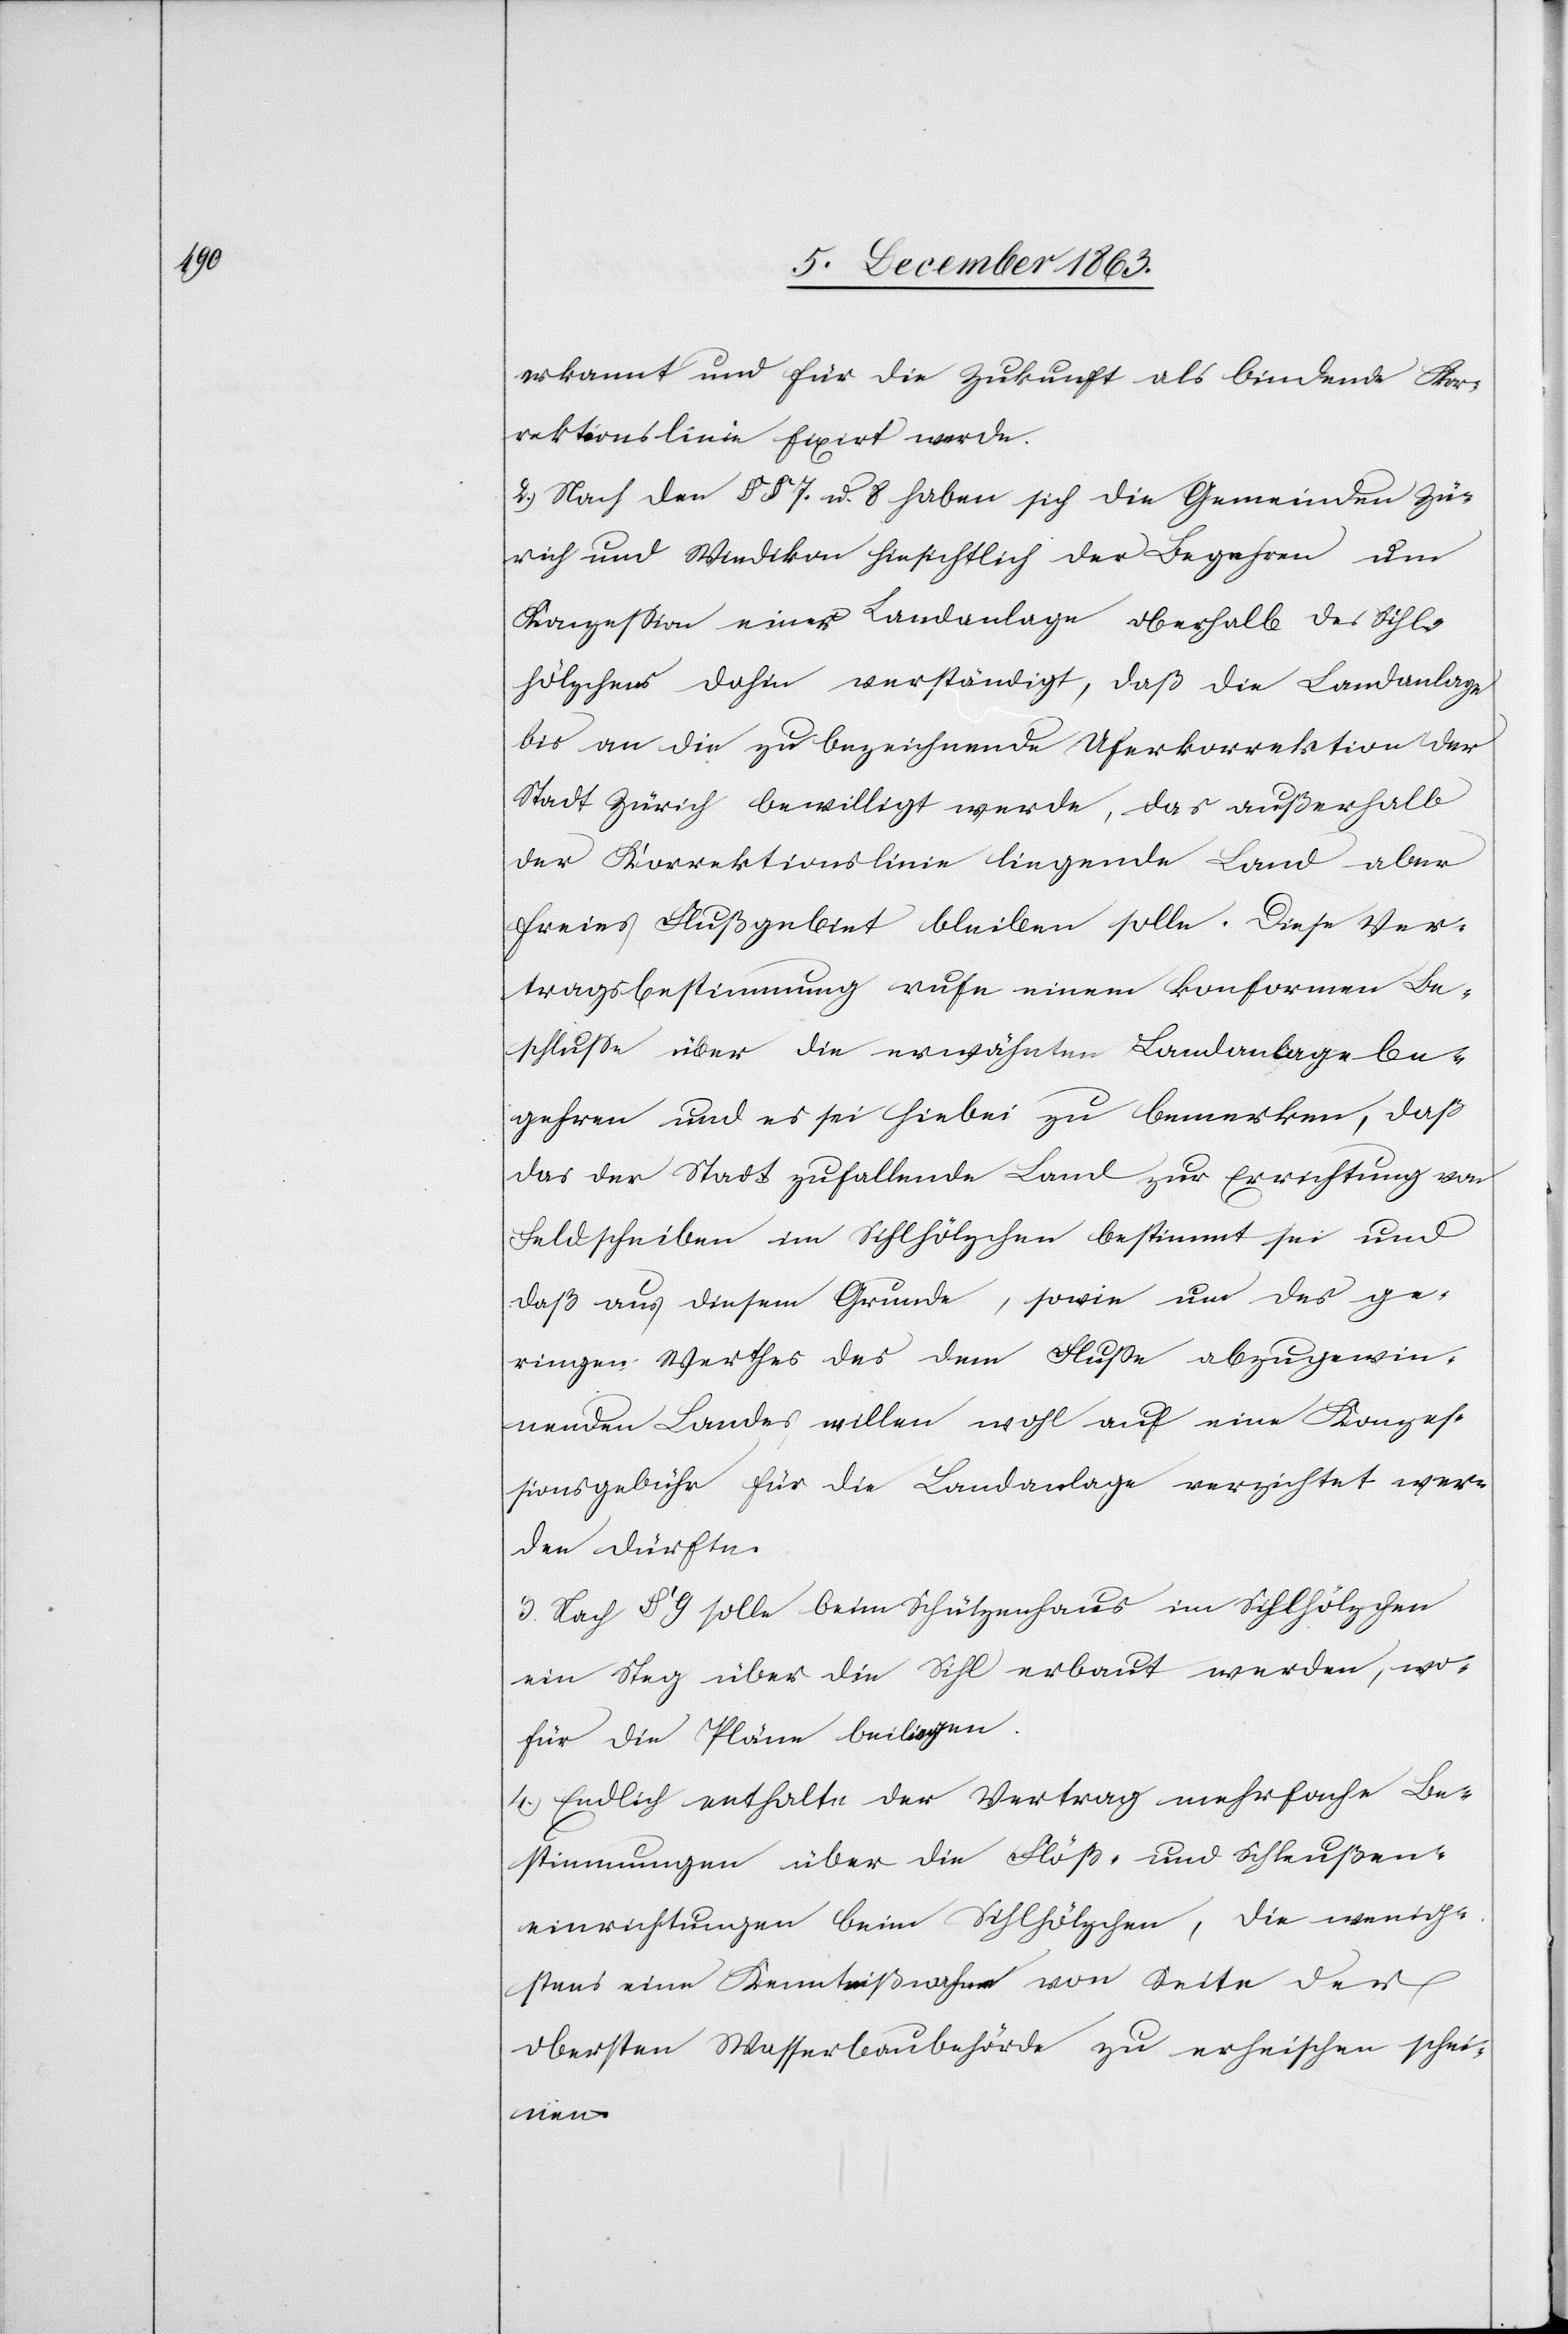
erkannt und für die Zukunft als bindende Kor¬
rektionslinie fixirt werde.
2.) Nach den §§ 7. u. 8 haben sich die Gemeinden Zü¬
rich und Wiedikon hinsichtlich der Begehren um
Konzession einer Landanlage oberhalb des Sihl¬
hölzchens dahin verständigt, daß die Landanlage
bis an die bezeichnende Uferkorrektion der
Stadt Zürich bewilligt werde, das außerhalb
der Korrektionslinie liegende Land aber
freies Flußgebiet bleiben solle. Diese Ver¬
tragsbestimmung rufe einem konformen Be¬
schlusse über die erwähnten Landanlagebe¬
gehren und es sei hiebei zu bemerken, daß
das der Stadt zufallende Land zur Errichtung von
Feldscheiben im Sihlhölzchen bestimmt sei und
daß aus diesem Grunde, sowie um des ge¬
ringen Werthes des dem Flusse abzugewin¬
nenden Landes willen wohl auf eine Konzes¬
sionsgebühr für die Landanlage verzichtet wer¬
den dürfte.
3.) Nach § 9 solle beim Schützenhaus im Sihlhölzchen
ein Steg über die Sihl erbaut werden, wo¬
für die Pläne beiliegen.
4.) Endlich enthalte der Vertrag mehrfache Be¬
stimmungen über die Flöß- und Schleußen¬
einrichtungen beim Sihlhölzchen, die wenig¬
stens eine Kenntnißnahme von Seite der
obersten Wasserbaubehörde zu erheischen schei¬
nen.